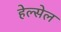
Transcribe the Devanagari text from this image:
हेल्सेल